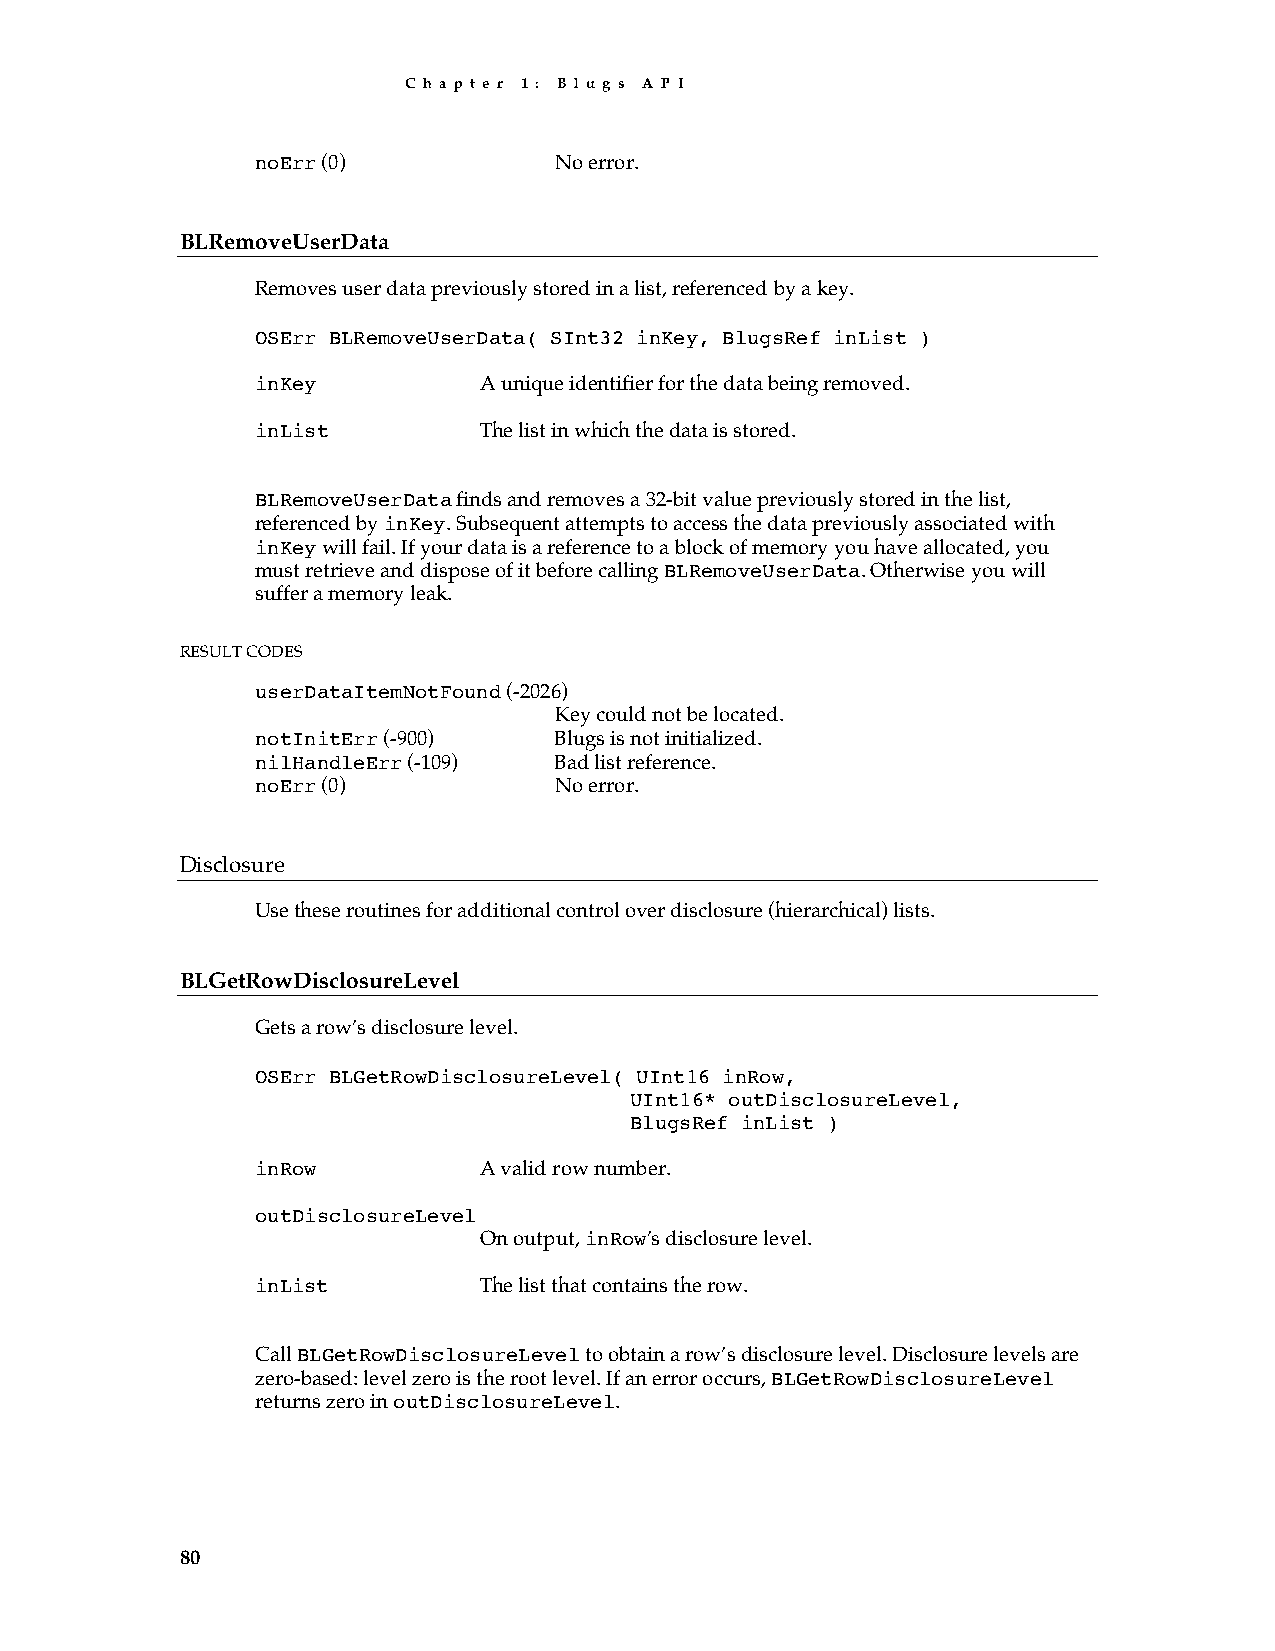
C h a p t e r 1 : B l u g s A P I
 noErr (0)           No error.
 BLRemoveUserData
 Removes user data previously stored in a list, referenced by a key.
 OSErr BLRemoveUserData( SInt32 inKey, BlugsRef inList )
 inKey          A unique identifier for the data being removed.
 inList         The list in which the data is stored.
 BLRemoveUserData finds and removes a 32-bit value previously stored in the list,
 referenced by inKey. Subsequent attempts to access the data previously associated with
 inKey will fail. If your data is a reference to a block of memory you have allocated, you
 must retrieve and dispose of it before calling BLRemoveUserData. Otherwise you will
 suffer a memory leak.
 RESULT CODES
 userDataItemNotFound (-2026)
 Key could not be located.
 notInitErr (-900)   Blugs is not initialized.
 nilHandleErr (-109) Bad list reference.
 noErr (0)           No error.
 Disclosure
 Use these routines for additional control over disclosure (hierarchical) lists.
 BLGetRowDisclosureLevel
 Gets a row’s disclosure level.
 OSErr BLGetRowDisclosureLevel( UInt16 inRow,
 UInt16* outDisclosureLevel,
 BlugsRef inList )
 inRow          A valid row number.
 outDisclosureLevel
 On output, inRow’s disclosure level.
 inList         The list that contains the row.
 Call BLGetRowDisclosureLevel to obtain a row’s disclosure level. Disclosure levels are
 zero-based: level zero is the root level. If an error occurs, BLGetRowDisclosureLevel
 returns zero in outDisclosureLevel.
 80